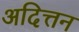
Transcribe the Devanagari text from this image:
अदित्तन